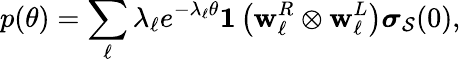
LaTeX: p(\theta)=\sum_{\ell}\lambda_{\ell}e^{-\lambda_{\ell}\theta}{\mathbf 1}\left({\mathbf w}_{\ell}^{R}\otimes{\mathbf w}_{\ell}^{L}\right)\boldsymbol{\sigma}_{\mathcal{S}}(0),